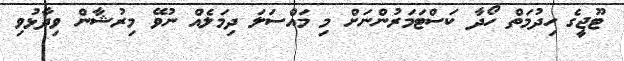
ޓޫޖީގެ ހިދުމަތް ހޯދާ ކަސްޓަމަރުންނަށް މި މައްސަލަ ދިމަލެއް ނުވޭ މިރުޝާން ވިދާޅުވި